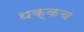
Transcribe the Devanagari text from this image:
थक्कच